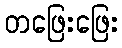
တဖြေးဖြေး